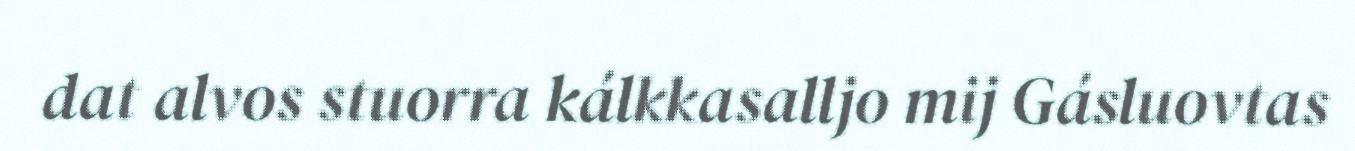
dat alvos stuorra kálkkasalljo mij Gásluovtas